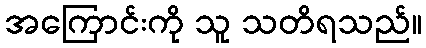
အကြောင်းကို သူ သတိရသည်။